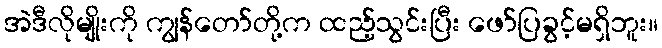
အဲဒီလိုမျိုးကို ကျွန်တော်တို့က ထည့်သွင်းပြီး ဖော်ပြခွင့်မရှိဘူး။